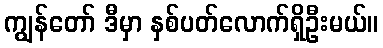
ကျွန်တော် ဒီမှာ နှစ်ပတ်လောက်ရှိဦးမယ်။